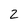
Character: 2